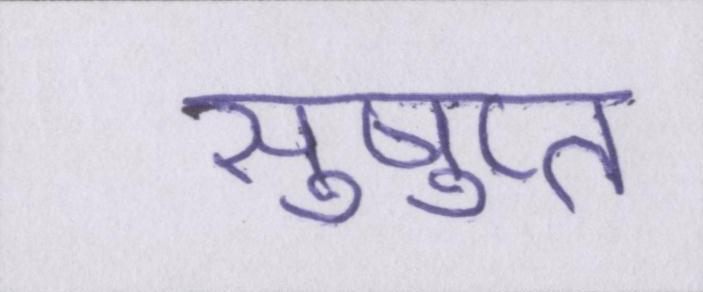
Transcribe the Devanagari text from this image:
सुषुप्त